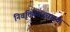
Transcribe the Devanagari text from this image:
निवृत्तिवेतनधारक